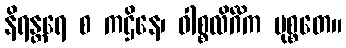
နိရန္တရေ စ ကဌိနေ၊ ဝါစ္စလိင်္ဂိက မုစ္စတေ။